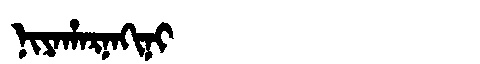
Manchu: ᠨᡳᠶᠠᡥᠠᡵᠨᠠᡴᡳᠨᡳ
Romanization: NIYAHARNAKINI